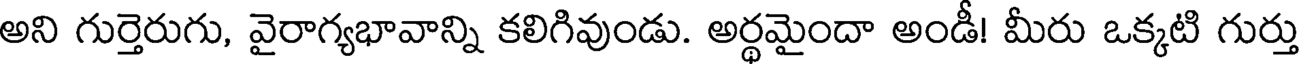
అని గుర్తెరుగు, వైరాగ్యభావాన్ని కలిగివుండు. అర్థమైందా అండీ! మీరు ఒక్కటి గుర్తు